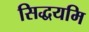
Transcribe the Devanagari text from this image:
सिद्धयमि